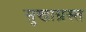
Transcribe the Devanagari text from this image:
सुखाग्रस्‍त